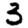
Digit: 3